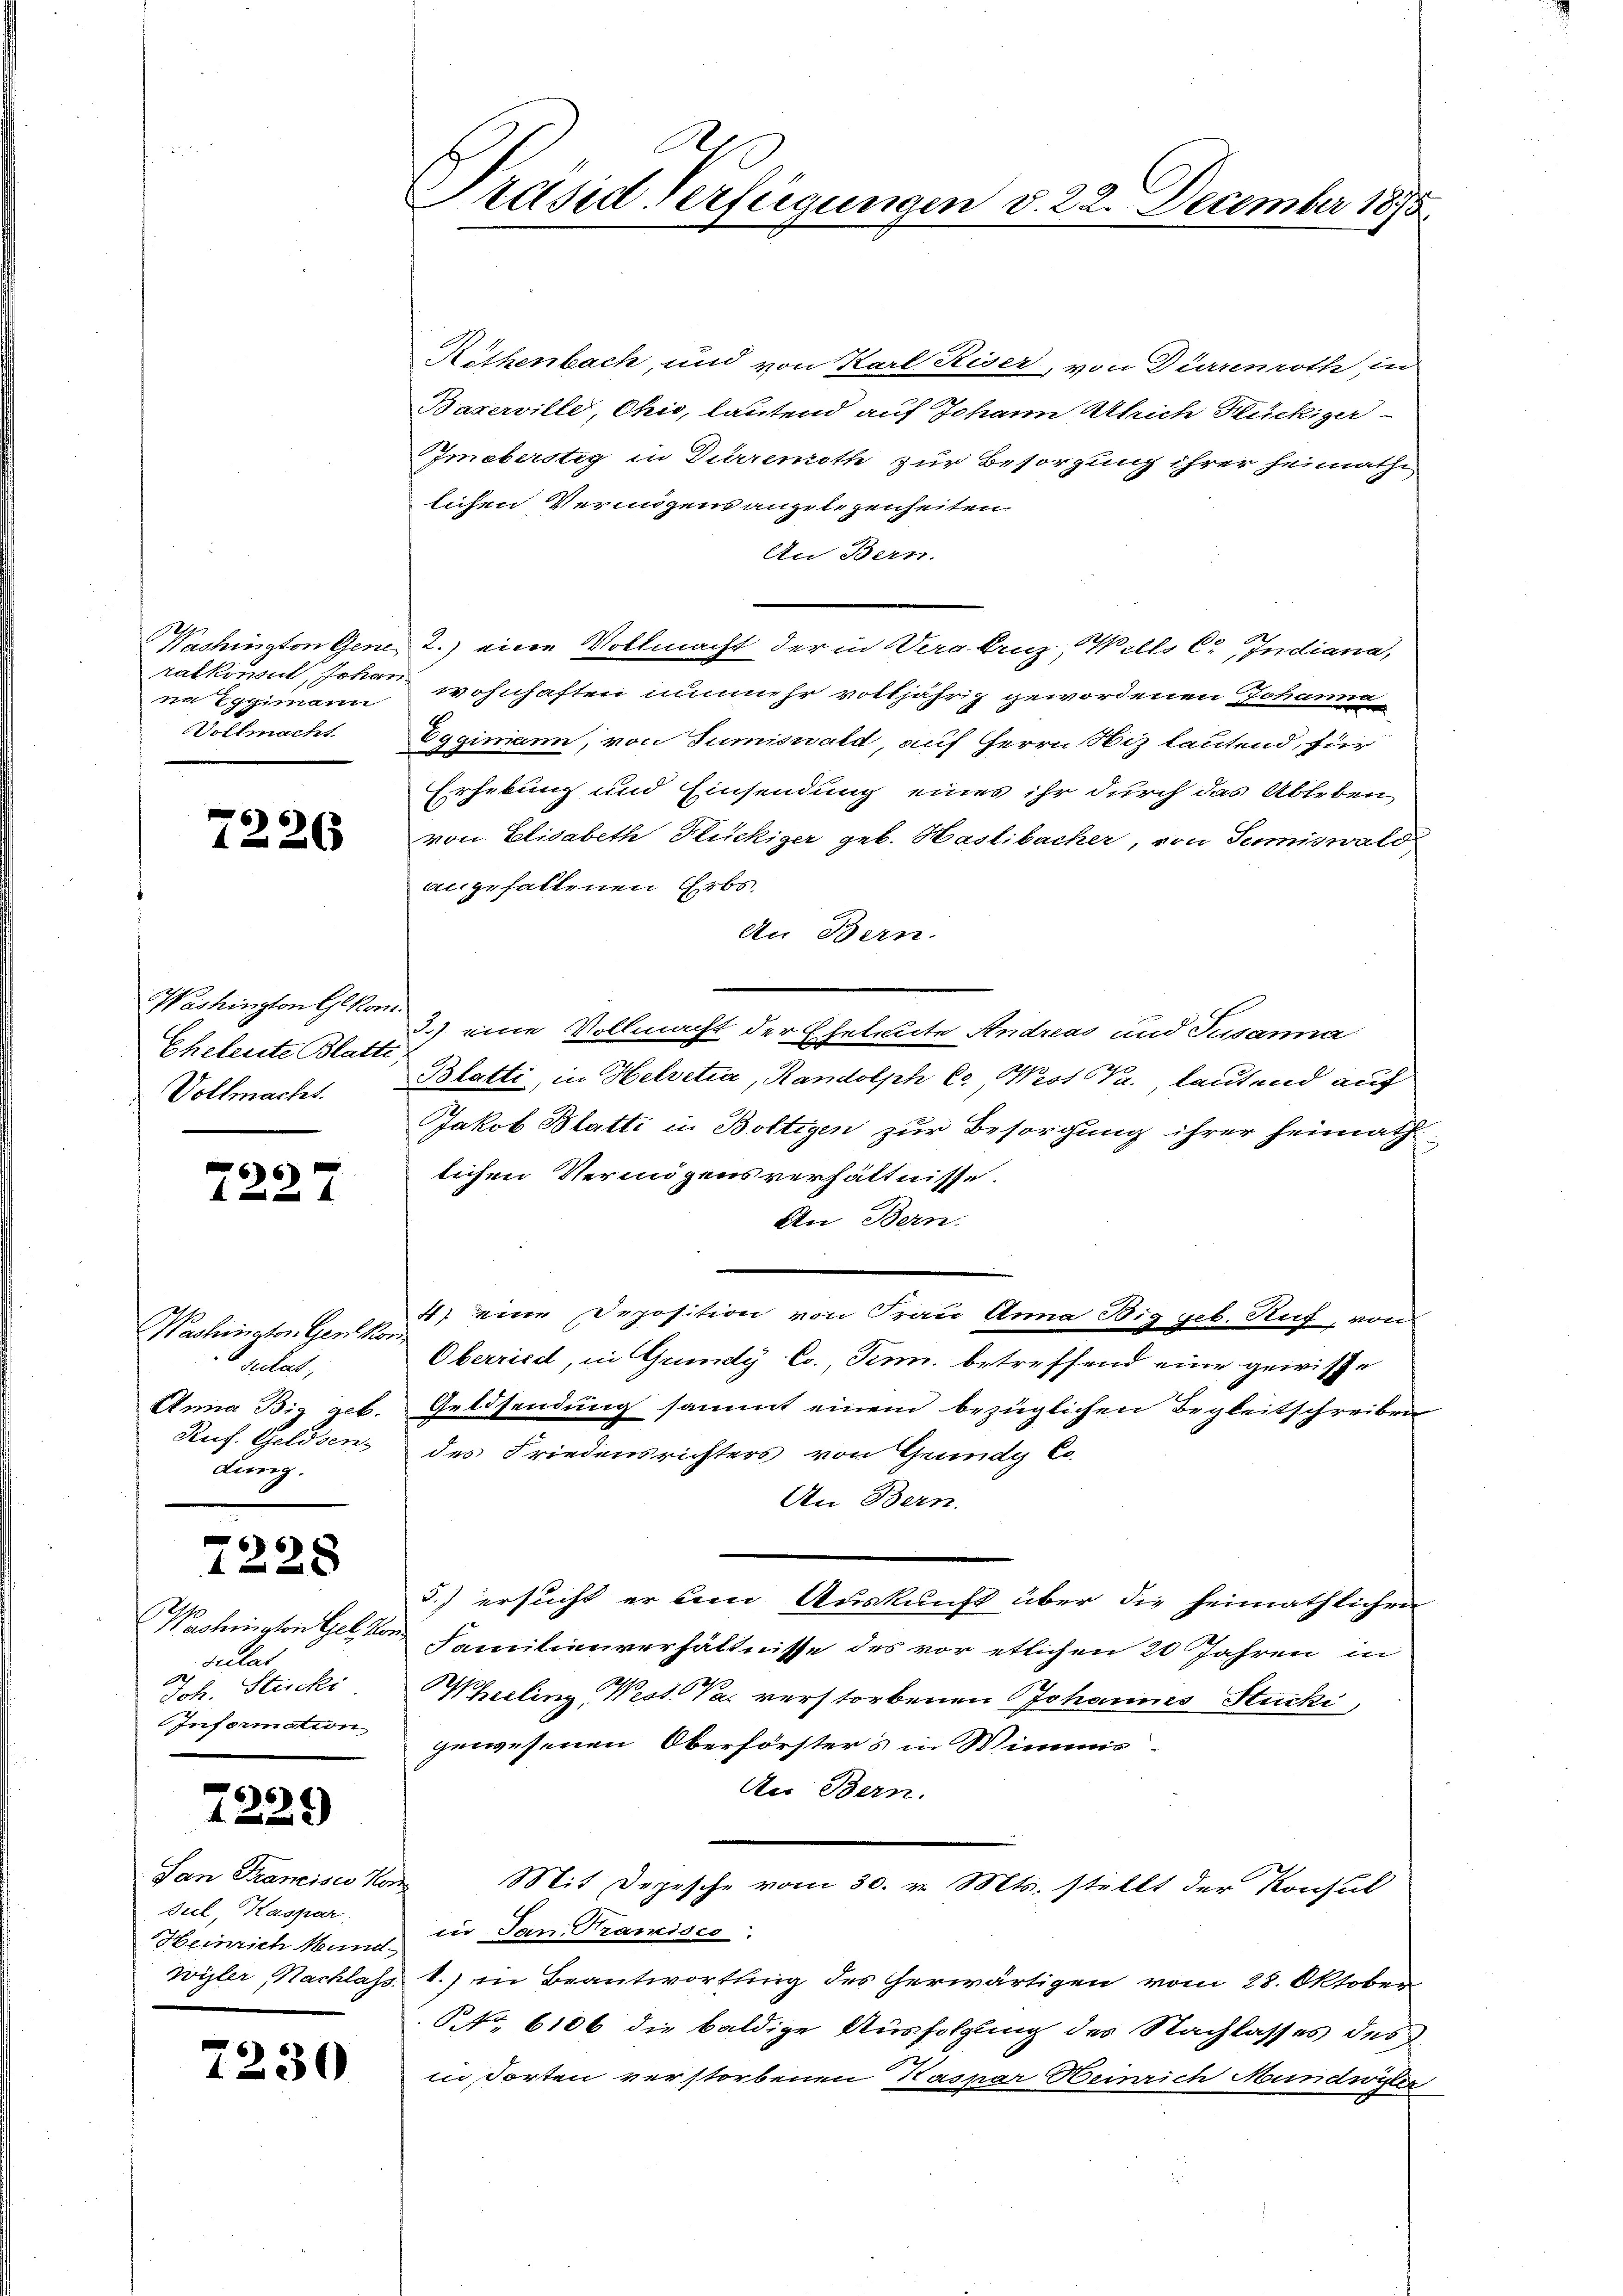
ratkonsul, Johan
na Eggimann
Vollmacht.

7226

Washington G. Kon
Eheleute Blatti,
Vollmacht.

6

Washinaten Gerd konsulat,
dung.

66
 f 22 x

Washington Gel. Von
sulat
Joh. Stucki.
Information

7229

Rithenbach, und von Karl Riser, von Dürremoth in
Baxerville, Chio, lautend auf Johann Ulrich Flückiger-
Imebersteg in Dürremoth zur Besorgung ihrer heimathi
lichen Vermögens angelegenheiten.
An Bern.
Washington Gene 2.) eine Vollmacht der in Verabruz, Wills C. Indiana,
wohnhaften nunmehr volljährig gewordenen Johanne
2
Eggimann, von Sumiswald, auf Herrn Niz lautend, für
Erhebung und Einsendung eines ihr durch das Ableben
von Elisabeth Flückiger geb. Haslibacher, von Sumiswald
angehaltenen Erbs¬
An Bern.
3.) eine Vollmacht der Eheleute Andreas und Susanna
Blatti, in Helvetia, Randolph C. West Kr., lautend auf
Jakob Blatti in Boltigen zur Besorgung ihrer Heimath
lichen Vermögensverhältnisse.
An Bern.
4) eine Deposition von Frau Anna Big geb. Ruf, von
Oberried, in Grundy Co., Tenn. betreffend eine gewisse
Anna Big geb. Geldsendung sammt einem bezüglichen Begleitschreiben
Ruf. Geldsen des Friedensrichters von Grundy Co
An Bern.
5.) ersucht er um Auskunft über die heimathlichen
Familienverhältnisse des vor etlichen 20 Jahren in
Wereling, West. Das verstorbenen Johannes Stucki,
gewesenen Oberförsters in Wimmis-
An Bern.
Mit Depesche vom 30. v. Mts. stellt der Konsul
in Jan. Tramises.
wyler Nachlass, 1.) in Beantwortung des herwärtigen vom 28. Oktober
P. Nr. 6106 die baldige Ausfolgung des Nachlasses des
in Torten verstorbenen Kaspar Beinrich Mundwyler

San Francisco Kom
dul, Kaspar
Heinrich Mund

7230

Präsid Verfügungen d. 22. December 1873.